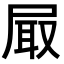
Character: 𡱾